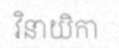
វិនាយិកា